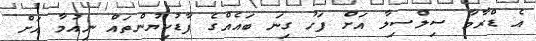
އެ ޑްރާމާ ސިލްސިލާ އަށް ފަހު ގިނަ ބައެއްގެ ފާޑުކިޔުންތައް ނިއުމާ އަށް